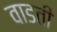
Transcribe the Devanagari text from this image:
वाडती